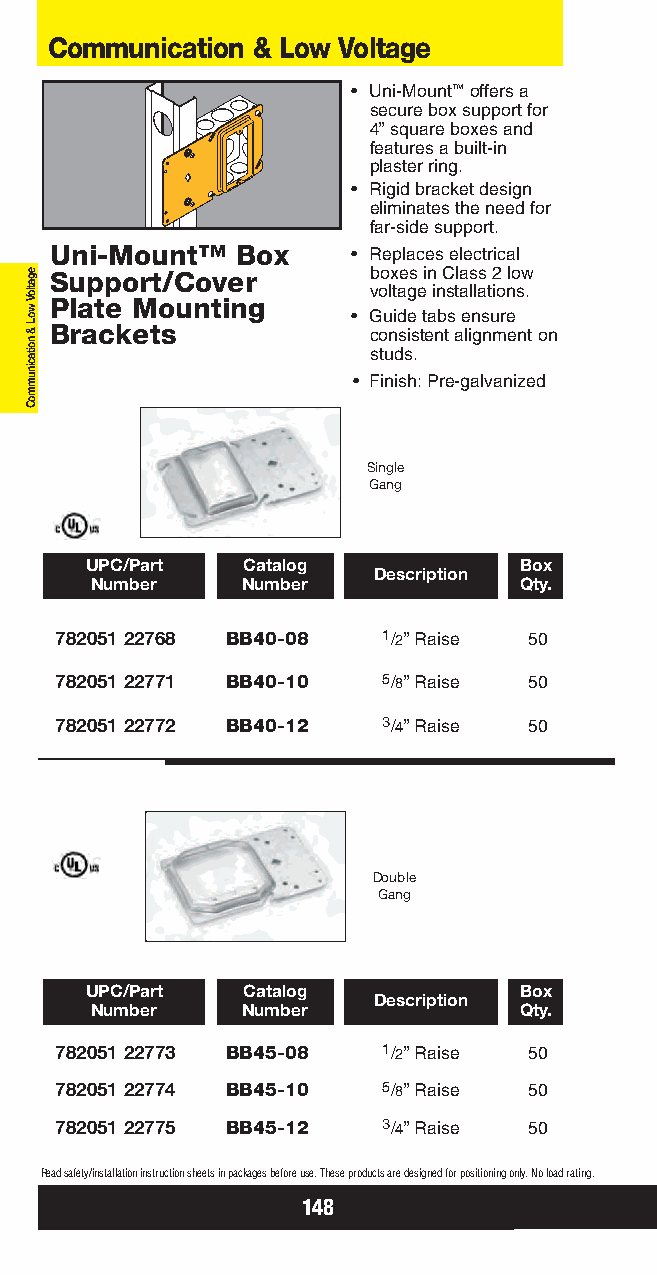
Communication & Low Voltage
 • Uni-Mount™offers a
 secure box support for
 4” square boxes and
 features a built-in
 plaster ring.
 • Rigid bracket design
 eliminates the need for
 far-side support.
 Uni-Mount™   Box    • Replaces electrical
 Support/Cover        boxes in Class 2 low
 voltage installations.
 Plate Mounting
 • Guide tabs ensure
 Brackets             consistent alignment on
 studs.
 • Finish: Pre-galvanized
 Single
 Gang
 UPC/Part  Catalog           Box
 Description
 Number    Number            Qty.
 782051 22768 BB40-08 1/2” Raise 50
 782051 22771 BB40-10 5/8” Raise 50
 782051 22772 BB40-12 3/4” Raise 50
 Double
 Gang
 UPC/Part  Catalog           Box
 Description
 Number    Number            Qty.
 782051 22773 BB45-08 1/2” Raise 50
 782051 22774 BB45-10 5/8” Raise 50
 782051 22775 BB45-12 3/4” Raise 50
 Read safety/installation instruction sheets in packages before use. These products are designed for positioning only. No load rating.
 148
 egatloV
 woL
 &
 noitacinummoC